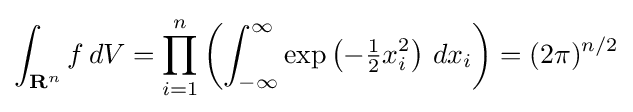
\int _{\mathbf {R} ^{n}}f\,dV=\prod _{i=1}^{n}\left(\int _{-\infty }^{\infty }\exp \left(-{\tfrac {1}{2}}x_{i}^{2}\right)\,dx_{i}\right)=(2\pi )^{n/2}